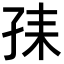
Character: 𡥤